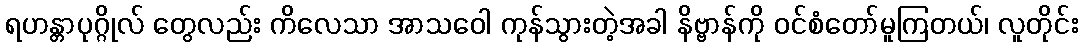
ရဟန္တာပုဂ္ဂိုလ် တွေလည်း ကိလေသာ အာသဝေါ ကုန်သွားတဲ့အခါ နိဗ္ဗာန်ကို ဝင်စံတော်မူကြတယ်၊ လူတိုင်း